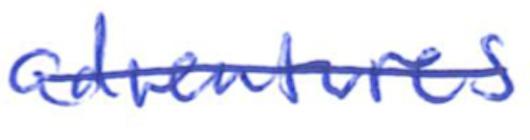
Text: adventures
Cross-out: mix
Writing tool: ballpoint